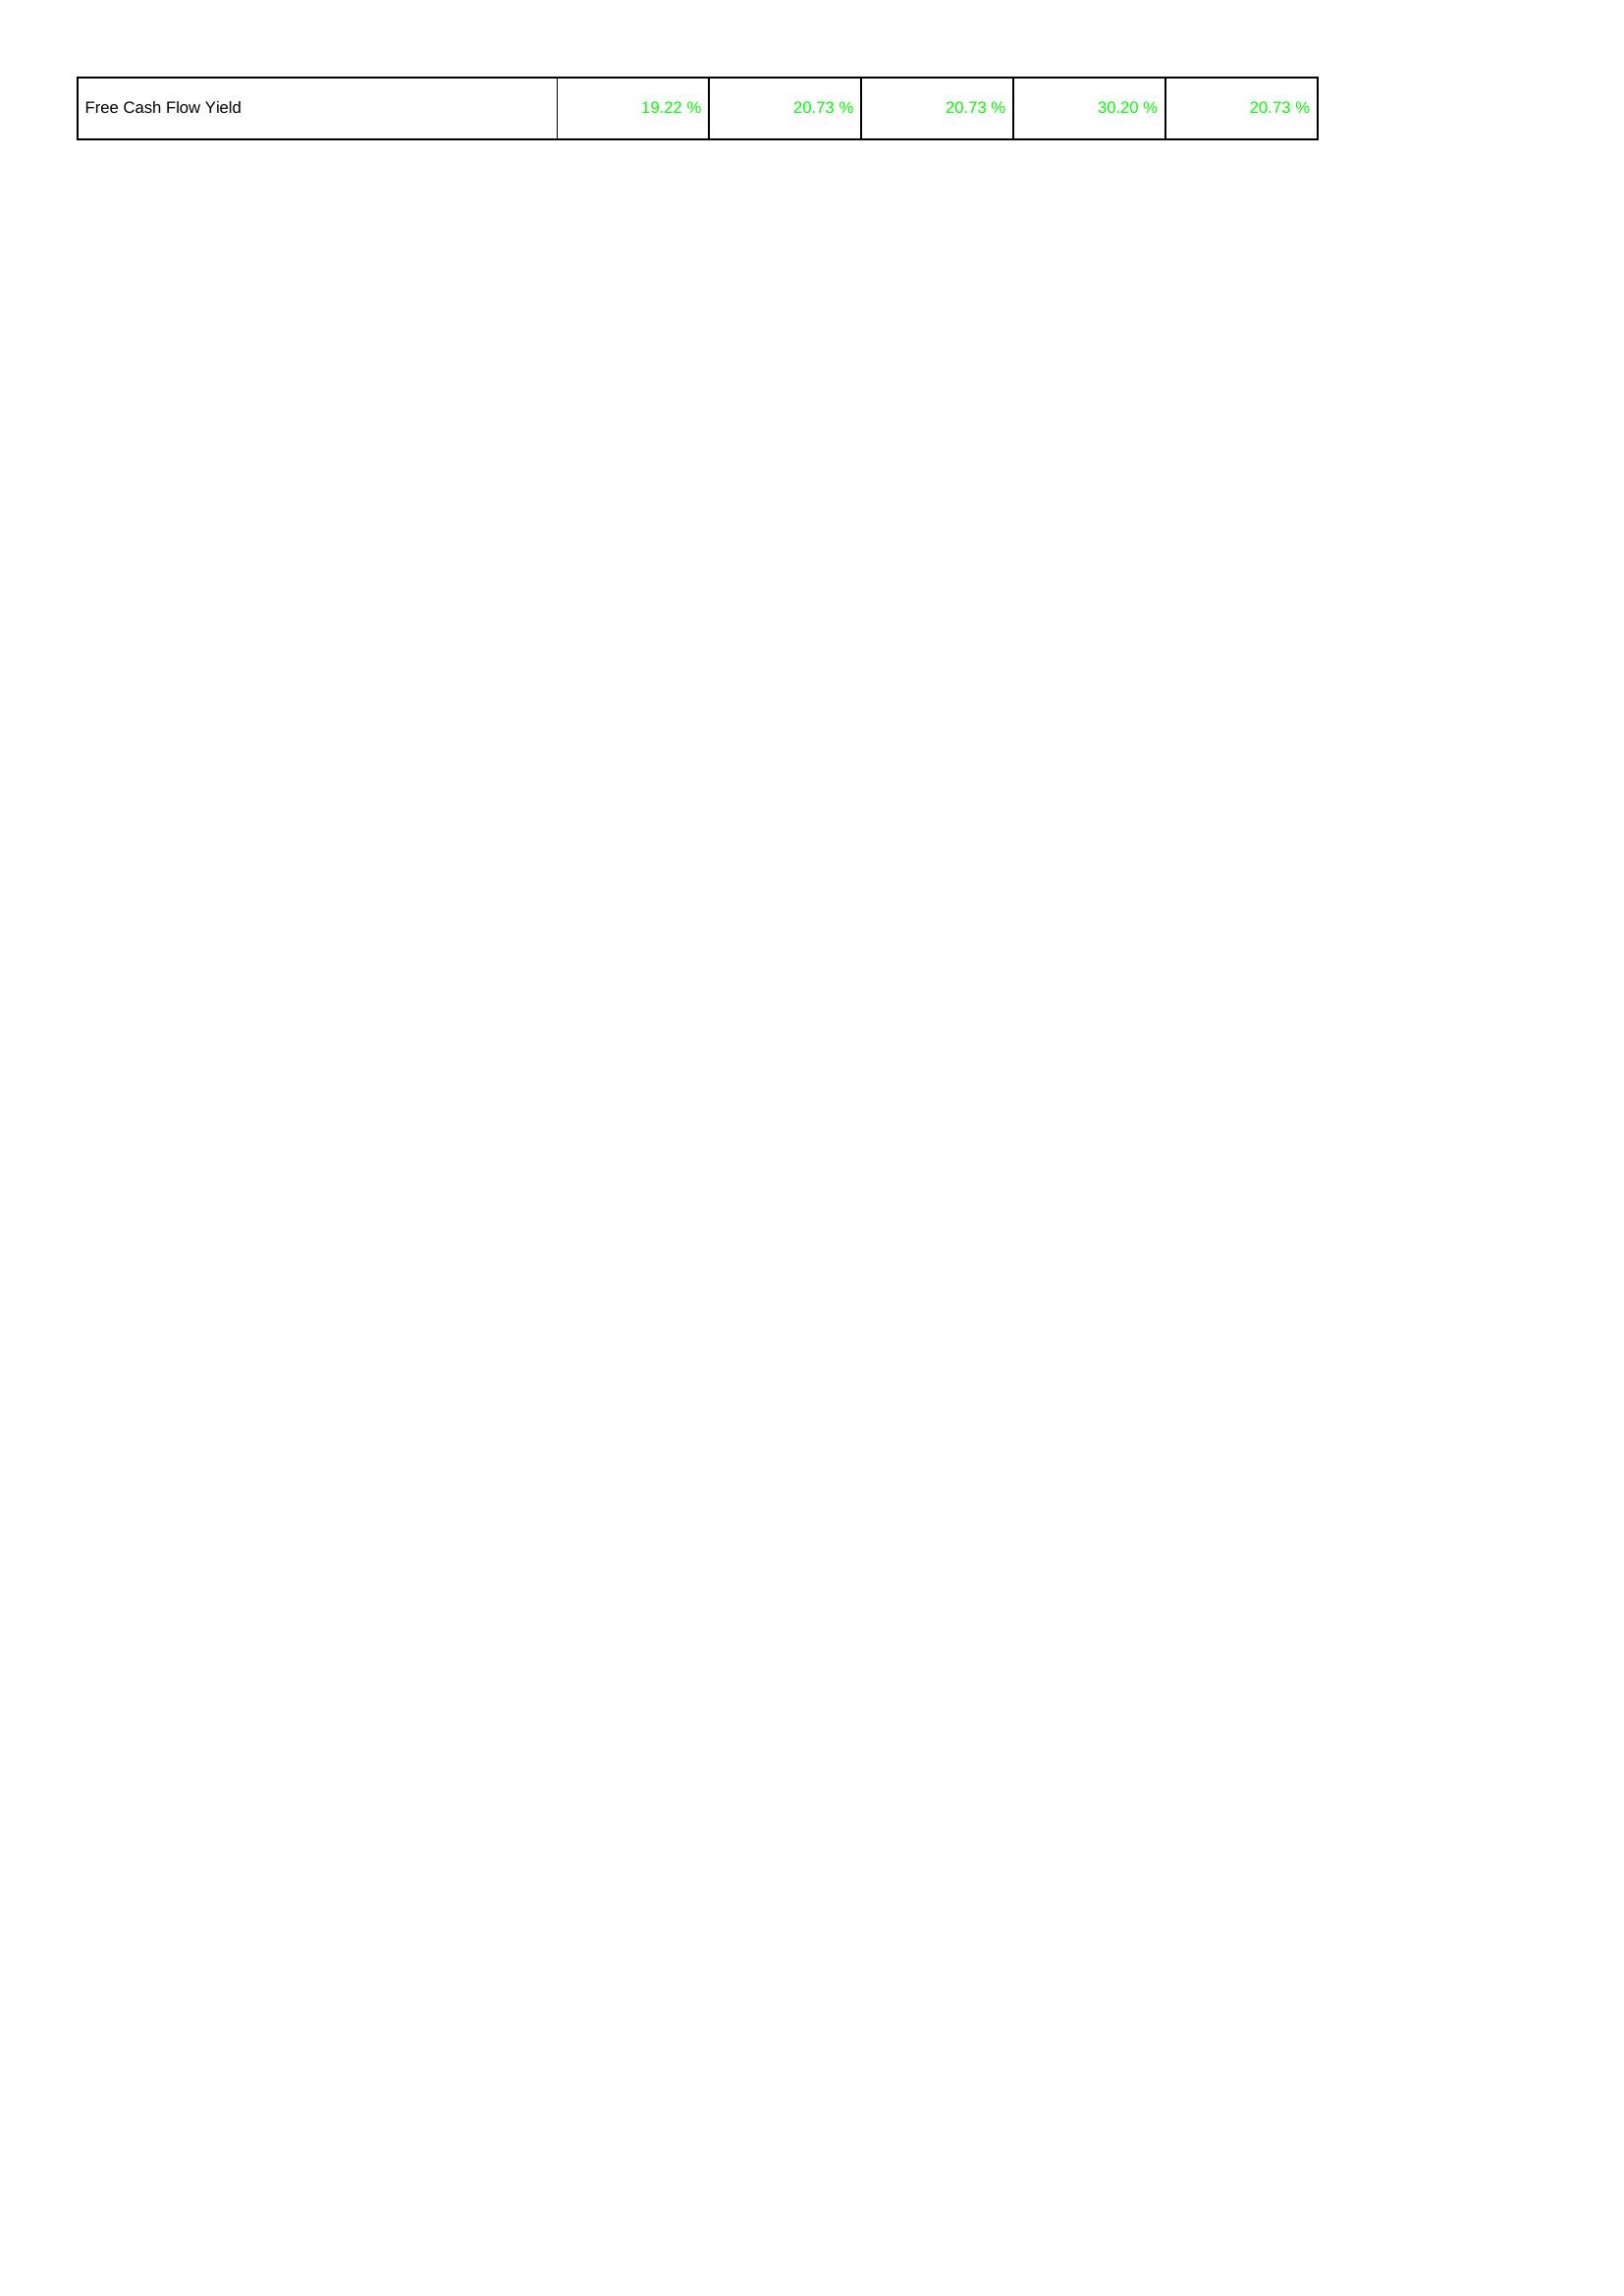
2024: Financing Activities: Free Cash Flow Yield: 19.22 %
2023: Financing Activities: Free Cash Flow Yield: 20.73 %
2022: Financing Activities: Free Cash Flow Yield: 20.73 %
2021: Financing Activities: Free Cash Flow Yield: 30.20 %
2020: Financing Activities: Free Cash Flow Yield: 20.73 %